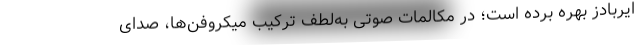
ایربادز بهره برده است؛ در مکالمات صوتی به‌لطف ترکیب میکروفن‌ها، صدای